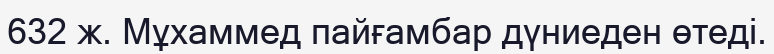
632 ж. Мұхаммед пайғамбар дүниеден өтеді.